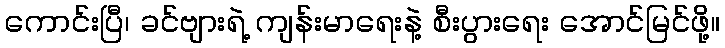
ကောင်းပြီ၊ ခင်ဗျားရဲ့ ကျန်းမာရေးနဲ့ စီးပွားရေး အောင်မြင်ဖို့။